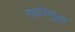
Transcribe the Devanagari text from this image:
सयंत्रेसुद्धा